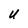
Character: U